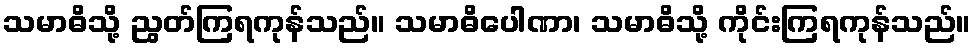
သမာဓိသို့ ညွတ်ကြရကုန်သည်။ သမာဓိပေါဏာ၊ သမာဓိသို့ ကိုင်းကြရကုန်သည်။